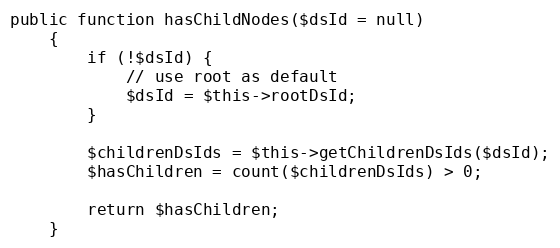
Language: PHP
public function hasChildNodes($dsId = null)
    {
        if (!$dsId) {
            // use root as default
            $dsId = $this->rootDsId;
        }

        $childrenDsIds = $this->getChildrenDsIds($dsId);
        $hasChildren = count($childrenDsIds) > 0;

        return $hasChildren;
    }